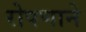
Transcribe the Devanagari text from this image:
रोपणाने